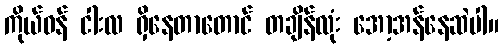
ကိုယ်ဝန် ငါးလ ရှိနေတာတောင် တချိန်လုံး အော့အန်နေဆဲပါ။